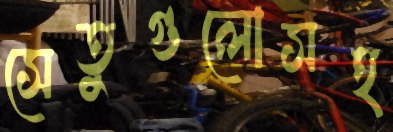
সেতুগুলোসহ